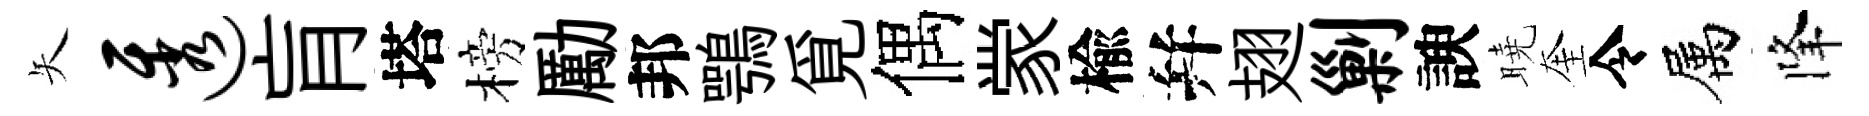
矢透肓塔榜勵邦鶚覓偶䝉楡幷翅剿諛曉奎令属降